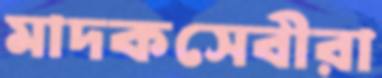
মাদকসেবীরা